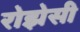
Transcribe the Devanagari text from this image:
रोझेसी